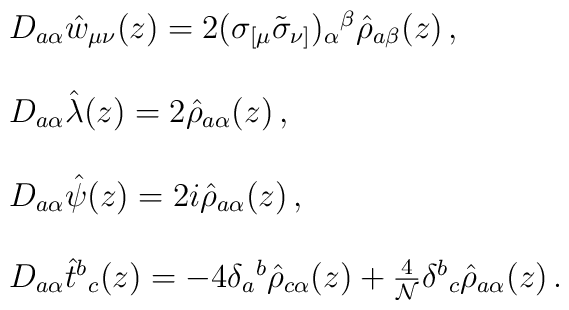
\begin{array}{l}D_{a\alpha}\hat{w}_{\mu\nu}(z)=2(\sigma_{[\mu}\tilde{\sigma}_{\nu]})_{\alpha}{}^{\beta}\hat{\rho}_{a\beta}(z)\,,\\{}\\D_{a\alpha}\hat{\lambda}(z)=2\hat{\rho}_{a\alpha}(z)\,,\\{}\\D_{a\alpha}\hat{\psi}(z)=2i\hat{\rho}_{a\alpha}(z)\,,\\{}\\D_{a\alpha}\hat{t}{}^{b}{}_{c}(z)=-4\delta_{a}{}^{b}\hat{\rho}_{c\alpha}(z)+\textstyle{\frac{4}{{\cal N}}}\delta^{b}{}_{c}\hat{\rho}_{a\alpha}(z)\,.\end{array}